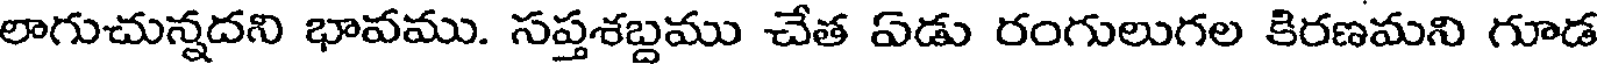
లాగుచున్నదని భావము. సప్తశబ్దము చేత ఏడు రంగులుగల కిరణమని గూడ